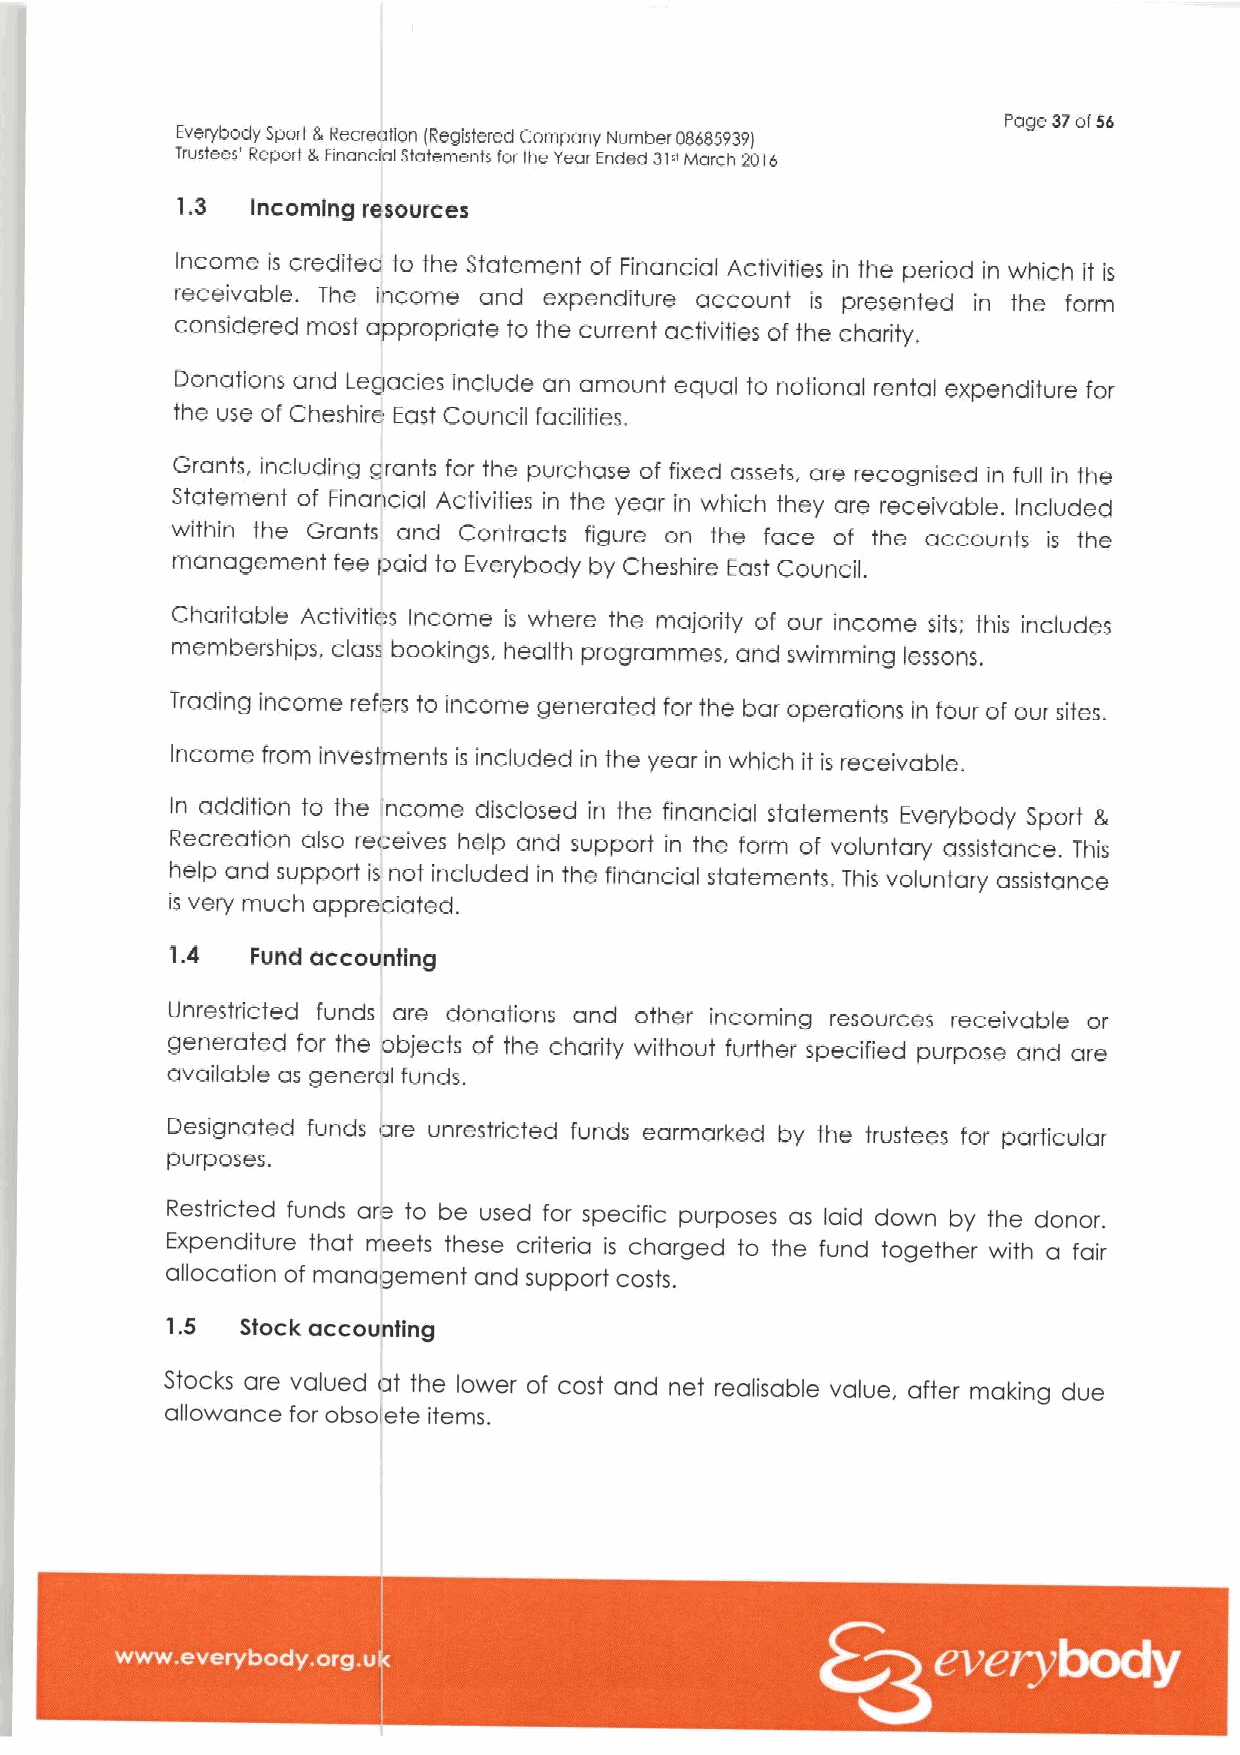
Page 37of56
 Everybody Spod 8Recreation IRegistered Company Number 08685939I
 Trustees' Report LFinancial Statements for the Year Ended 31'Maroh 20i6
 1.3  Incoming resources
 Income is crediteo to the Statement of Financial Activities in the period in which it is
 receivable. The income and expenditure account is presented in the form
 considered most appropriate to the current activities of the charity,
 Donations and Legacies include an amount equal to notional rental expenditure For
 the use of Cheshire Easf Council facilities.
 Grants, including grants for the purchase of fixed assets, are recognised in full in the
 Statement of Financial Activities in the year in which they are receivable. Included
 within the Grants and Contracts figure on the face of the accounts the
 is
 management fee paid to Everybody by Cheshire East Council.
 Charitable Activities Income is where the majority of our income sits: this includes
 memberships. class bookings. health prograrnmes, and swimming lessons.
 Trading income refers to income generated for fhe bar operations in four of our sites.
 Income from investments is included in the year in which it is receivable.
 In addition to the ncome disclosed in the financial statements Everybody Sport 3,
 Recreation also receives help and support in the form of volunfary assistance. This
 help and support is not included in the financial statements. This voluntary assistance
 is very much appreciated.
 1.4
 Fund accounting
 Unrestricted funds are donations and other incoming resources receivable or
 generated for the objects of the charity without further specified purpose and are
 available as general funds.
 Designated fvnds are unrestricted funds earmarked by the trustees for particular
 purposes.
 Restricted funds are to be used for specific purposes as laid down by the donor,
 Expenditure that meets these criteria is charged to the fund together with a fair
 allocation of management and support costs.
 1.5  Stock accounting
 Stocks are valued at the lower of cost and net realisable value, after making due
 allowance for obsolete items.
 ~ ~ ~